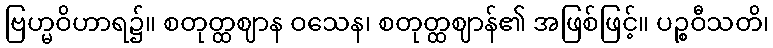
ဗြဟ္မဝိဟာရ၌။ စတုတ္ထဈာန ဝသေန၊ စတုတ္ထဈာန်၏ အဖြစ်ဖြင့်။ ပဉ္စဝီသတိ၊